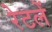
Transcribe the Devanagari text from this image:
रेटलें